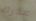
عذرك